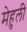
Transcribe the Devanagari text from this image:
मेहुली